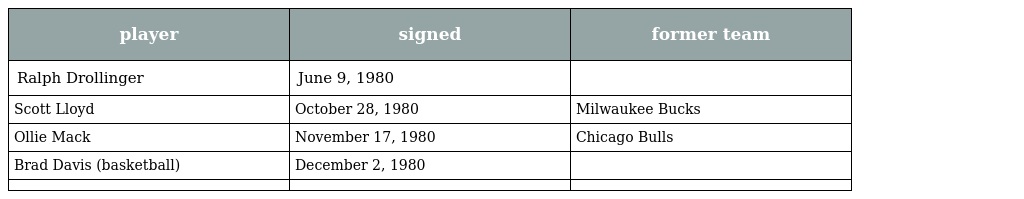
| player | signed | former team |
 | --- | --- | --- |
 | Ralph Drollinger | June 9, 1980 |  |
 | Scott Lloyd | October 28, 1980 | Milwaukee Bucks |
 | Ollie Mack | November 17, 1980 | Chicago Bulls |
 | Brad Davis (basketball) | December 2, 1980 |  |
 |  |  |  |